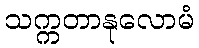
သက္ကတာနုလောမံ